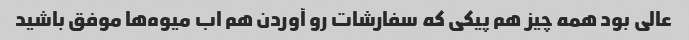
عالی بود همه چیز هم پیکی که سفارشات رو آوردن هم اب میوه‌ها موفق باشید